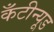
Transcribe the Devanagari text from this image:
कँटीन्यूड